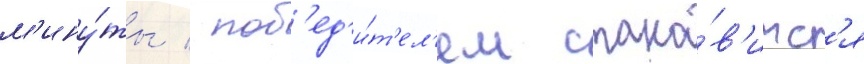
м'ину́ты / поб'ед'и́т'ел'ем стано́в'итс'я